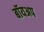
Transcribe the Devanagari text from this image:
बॉयअप